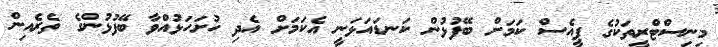
މިނިސްޓްރީތަކުގެ ޕީއެސް ކަމަށް ބޭފުޅުން ކަނޑައަޅަނީ އެކަމަށް އެދި ހުށަހަޅުއްވާ ބޭފުޅުންގެ ތެރެއިން